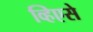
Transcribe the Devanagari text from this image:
व्हिएसे